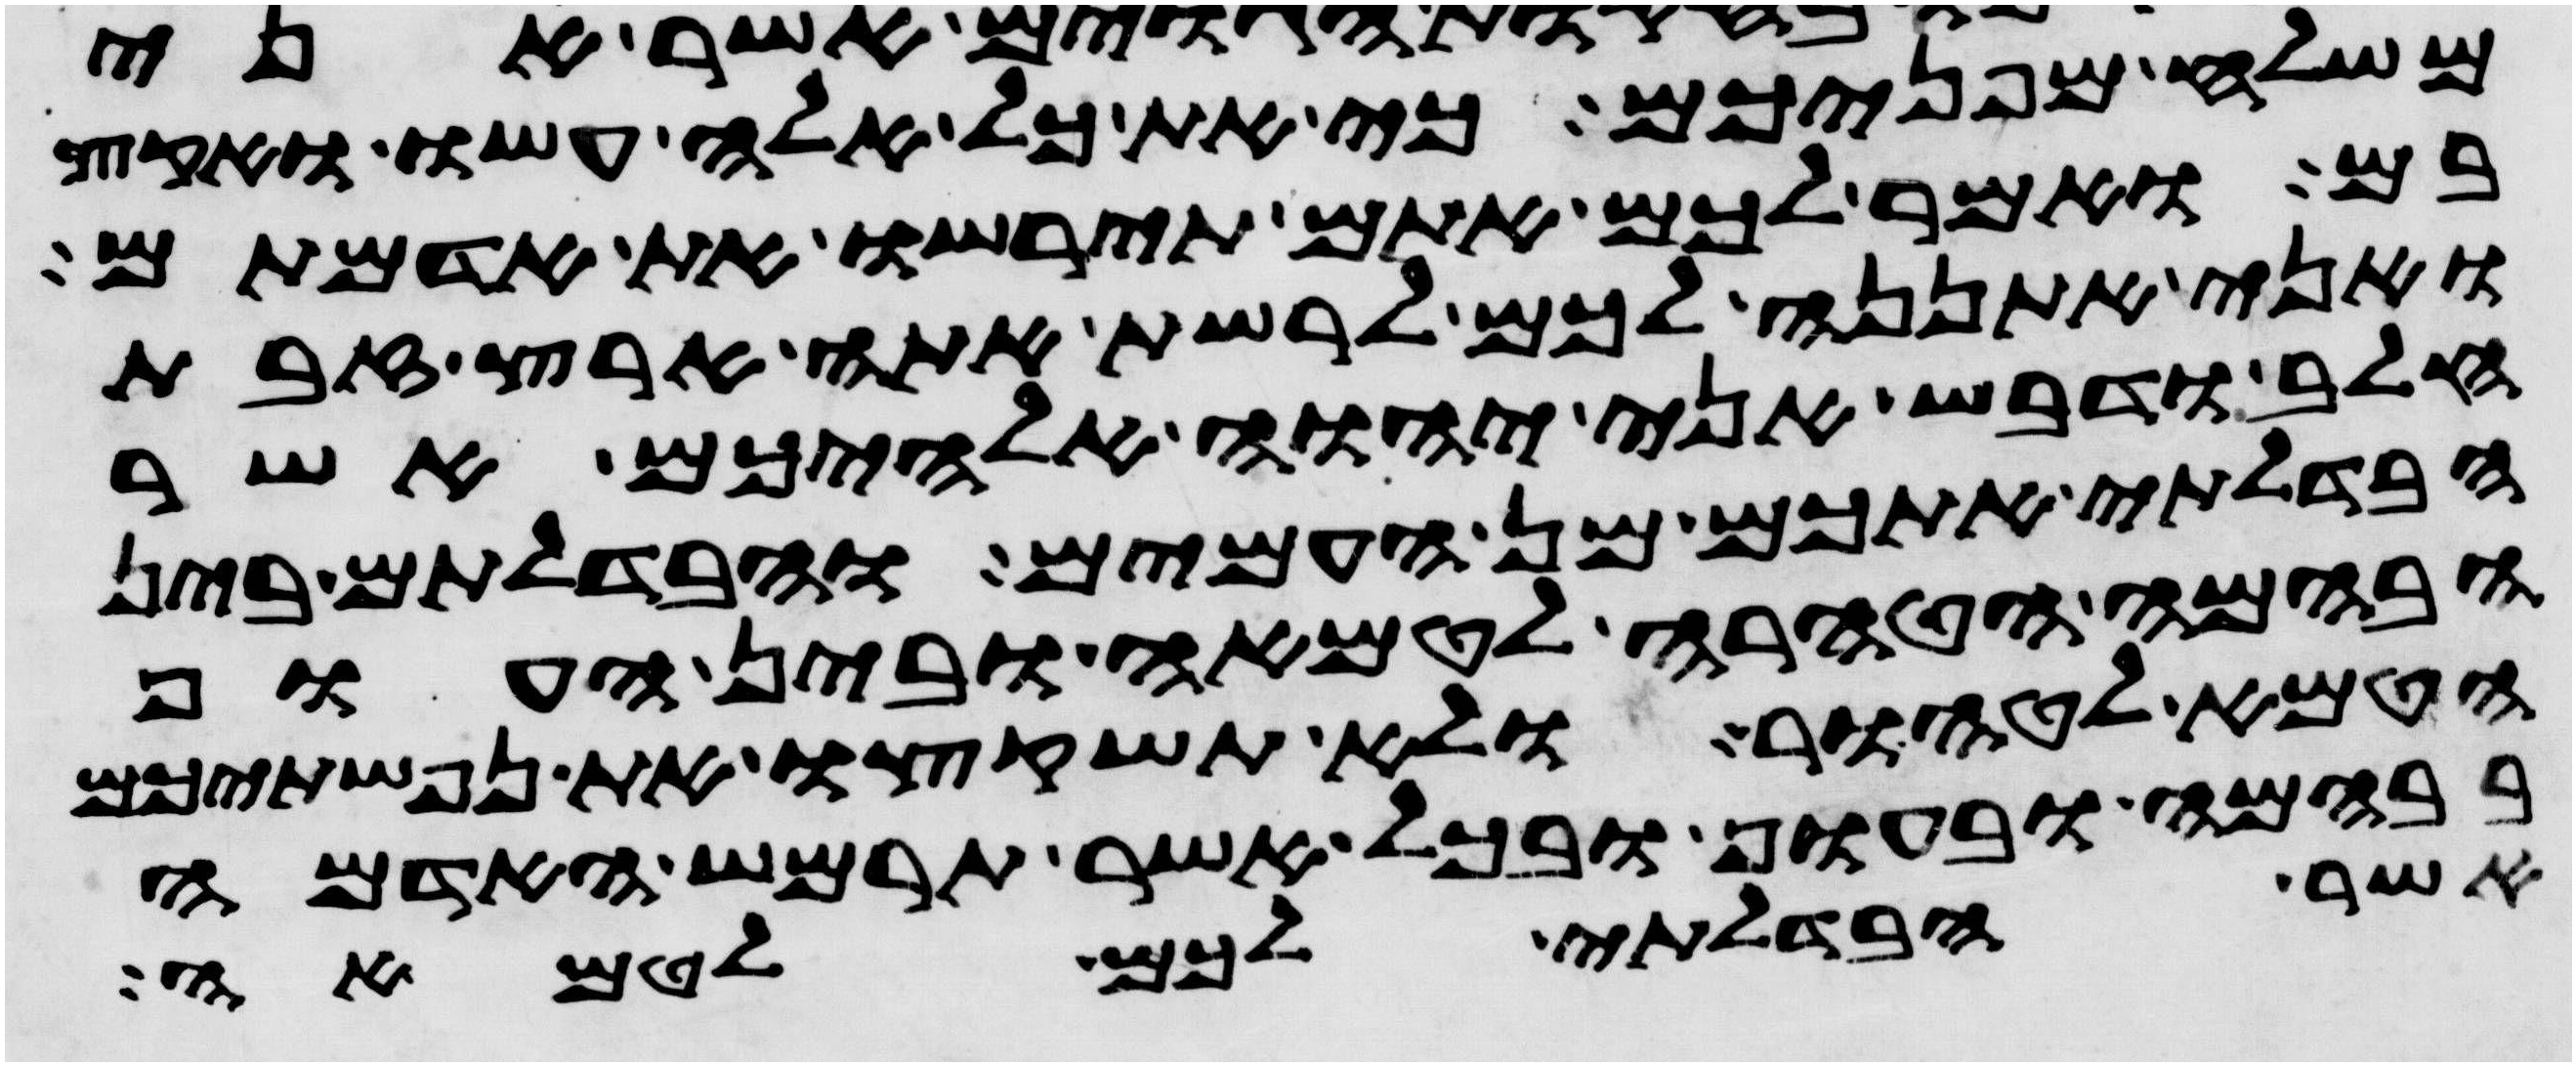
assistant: משלח מפניכם כי את כל אלה עשו ואקץ
בם ואמר לכם אתם תירשו את אדמתם
ואני אתננה לכם לרשת אתה ארץ זבת
חלב ודבש אני יהוה אלהיכם אשר
הבדלתי אתכם מן העמים והבדלתם בין
הבהמה הטהרה לטמאה ובין העוף
הטמא לטהור ולא תשקצו את נפשתיכם
בבהמה ובעוף ובכל אשר תרמש האדמה
אשר הבדלתי לכם לטמאה